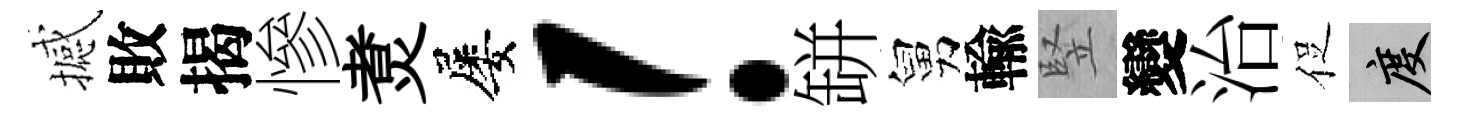
撼敗揭慘煑屡！缾舅輸竪變治促度